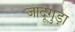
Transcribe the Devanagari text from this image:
जादूगुड़ा